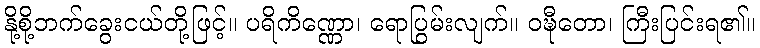
နို့စို့ဘက်ခွေးငယ်တို့ဖြင့်။ ပရိကိဏ္ဏော၊ ရောပြွမ်းလျက်။ ဝဍ္ဎီတော၊ ကြီးပြင်းရ၏။